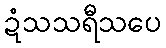
ဍံသသရီသပေ